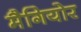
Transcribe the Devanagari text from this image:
मैगियोर